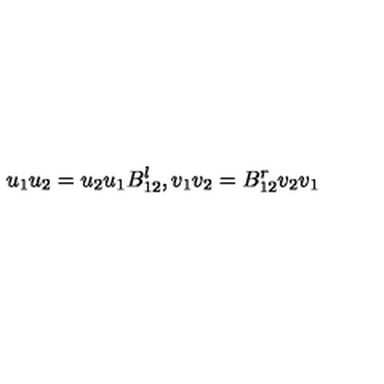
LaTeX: u _ { 1 } u _ { 2 } = u _ { 2 } u _ { 1 } B _ { 1 2 } ^ { l } , v _ { 1 } v _ { 2 } = B _ { 1 2 } ^ { r } v _ { 2 } v _ { 1 }